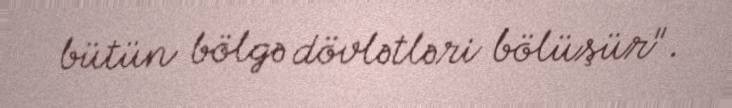
bütün bölgə dövlətləri bölüşür".